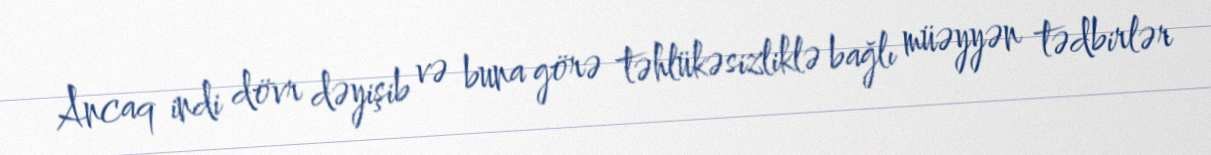
Ancaq indi dövr dəyişib və buna görə təhlükəsizliklə bağlı müəyyən tədbirlər